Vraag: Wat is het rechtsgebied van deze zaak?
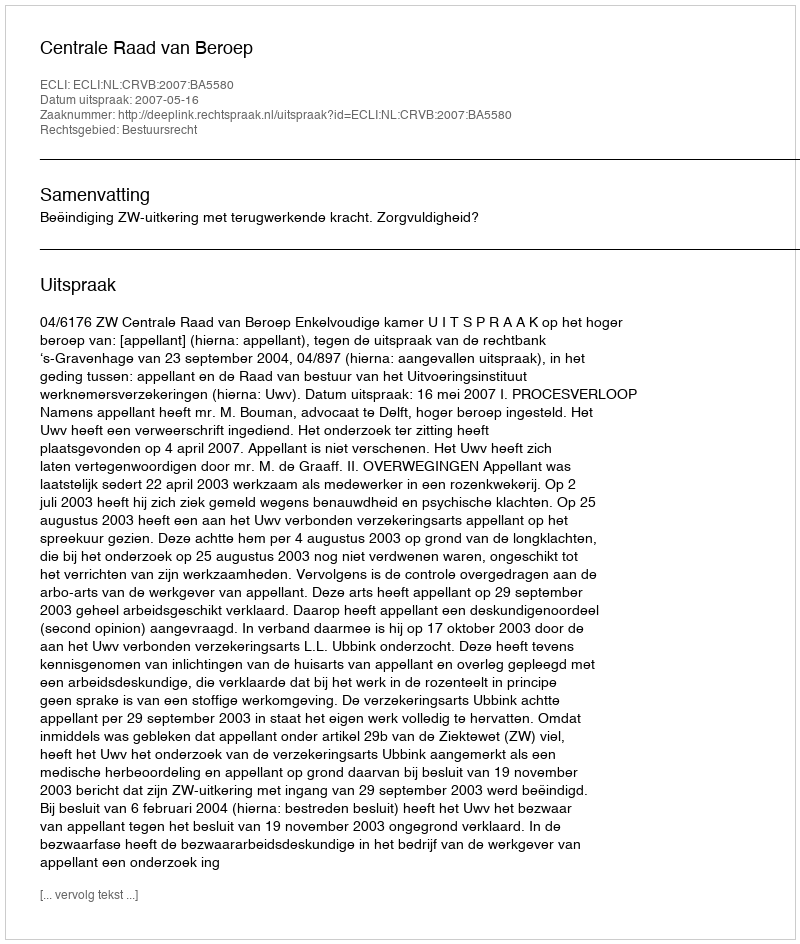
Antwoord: Bestuursrecht